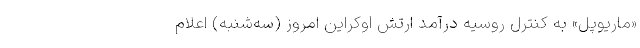
«ماریوپل» به کنترل روسیه درآمد ارتش اوکراین امروز (سه‌شنبه) اعلام